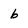
Character: 6